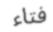
فتاء